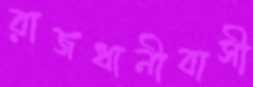
রাজধানীবাসী